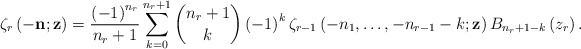
\begin{align*}\zeta_{r}\left(-\mathbf{n};\mathbf{z}\right) = \frac{\left(-1\right)^{n_{r}}}{n_{r}+1}\sum_{k=0}^{n_{r}+1}\binom{n_{r}+1}{k}\left(-1\right)^{k}\zeta_{r-1}\left(-n_{1},\dots,-n_{r-1}-k;\mathbf{z}\right)B_{n_{r}+1-k}\left(z_{r}\right).\end{align*}